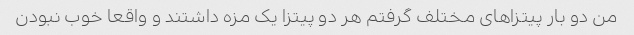
من دو بار پیتزاهای مختلف گرفتم هر دو پیتزا یک مزه داشتند و واقعا خوب نبودن